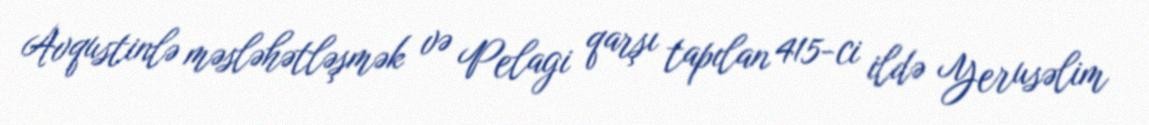
Avqustinlə məsləhətləşmək və Pelagi qarşı tapılan 415-ci ildə Yerusəlim